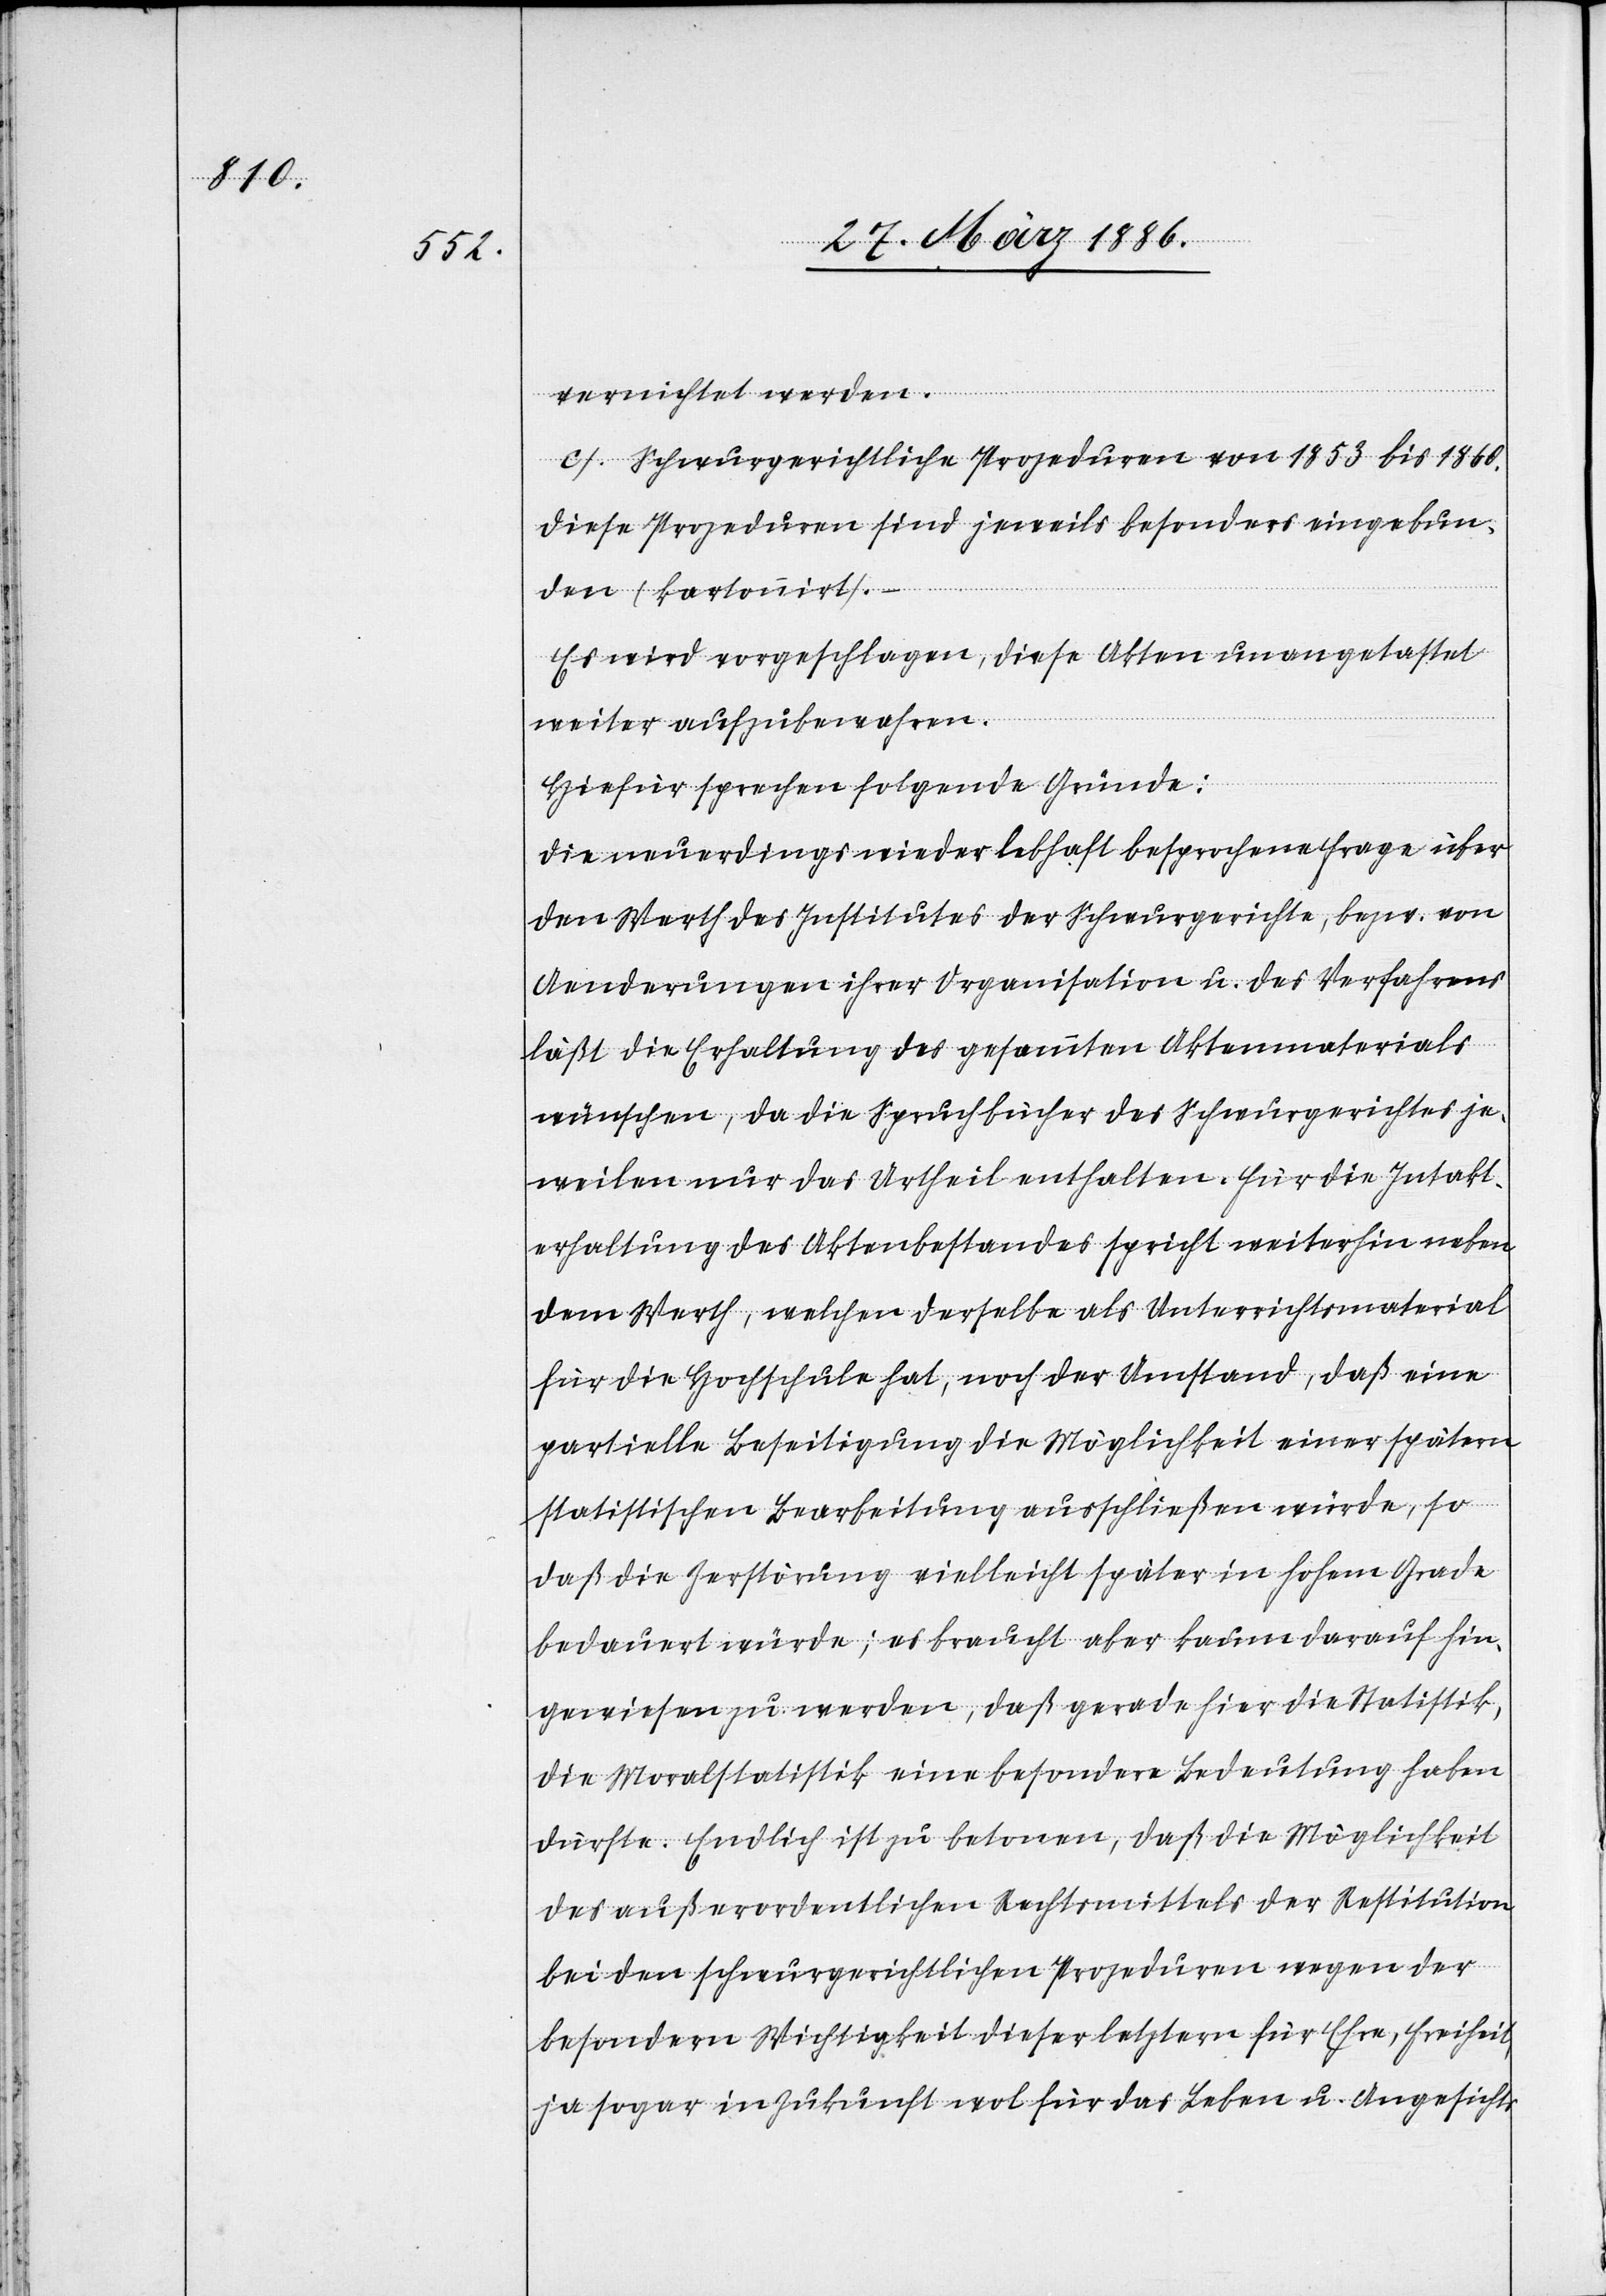
vernichtet werden.
c. Schwurgerichtliche Prozeduren von 1853 bis 1860.
Diese Prozeduren sind jeweils besonders eingebun¬
den (kartonirt).
Es wird vorgeschlagen, diese Akten unangetastet
weiter aufzubewahren.
Hiefür sprechen folgende Gründe:
Die neuerdings wieder lebhaft besprochene Frage über
den Werth des Institutes der Schwurgerichte, bzw. von
Aenderungen ihrer Organisation u. des Verfahrens
läßt die Erhaltung des gesammten Aktenmaterials
wünschen, da die Spruchbücher des Schwurgerichtes je¬
weilen nur das Urtheil enthalten. Für die Intakt¬
erhaltung des Aktenbestandes spricht weiterhin neben
dem Werth, welchen derselbe als Unterrichtsmaterial
für die Hochschule hat, noch der Umstand, daß eine
partielle Beseitigung die Möglichkeit einer späteren
statistischen Bearbeitung ausschließen würde, so
daß die Zerstörung vielleicht später in hohem Grade
bedauert würde; es braucht aber kaum darauf hin¬
gewiesen zu werden, daß gerade hier die Statistik,
die Moralstatistik eine besondere Bedeutung haben
dürfte. Endlich ist zu betonen, daß die Möglichkeit
des außerordentlichen Rechtsmittels der Restitution
bei den schwurgerichtlichen Prozeduren wegen der
besondern Wichtigkeit dieser letztern für Ehre, Freiheit,
ja sogar in Zukunft wol für das Leben u. Angesichts